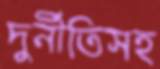
দুর্নীতিসহ